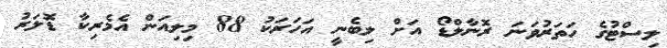
ލިސްޓުގެ ހަތަރުވަނަ ރޮނާލްޑޯ އަށް ލިބެނީ އަހަރަކު 88 މިލިއަން އެމެރިކާ ޑޮލަރު